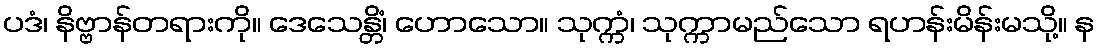
ပဒံ၊ နိဗ္ဗာန်တရားကို။ ဒေသေန္တိံ၊ ဟောသော။ သုက္ကံ၊ သုက္ကာမည်သော ရဟန်းမိန်းမသို့။ န